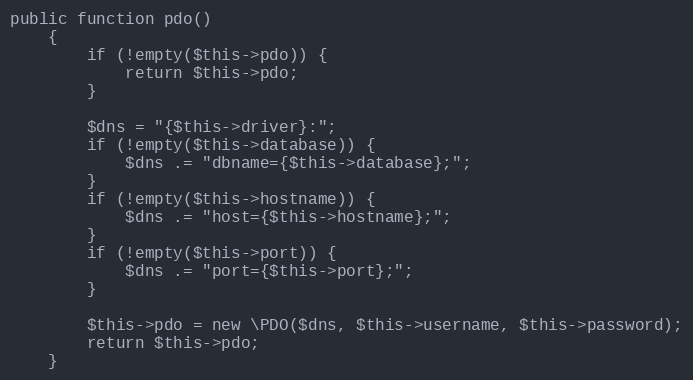
Language: PHP
public function pdo()
    {
        if (!empty($this->pdo)) {
            return $this->pdo;
        }

        $dns = "{$this->driver}:";
        if (!empty($this->database)) {
            $dns .= "dbname={$this->database};";
        }
        if (!empty($this->hostname)) {
            $dns .= "host={$this->hostname};";
        }
        if (!empty($this->port)) {
            $dns .= "port={$this->port};";
        }

        $this->pdo = new \PDO($dns, $this->username, $this->password);
        return $this->pdo;
    }